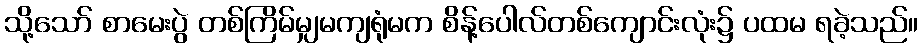
သို့သော် စာမေးပွဲ တစ်ကြိမ်မျှမကျရုံမက စိန့်ပေါလ်တစ်ကျောင်းလုံး၌ ပထမ ရခဲ့သည်။